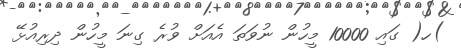
)ހ( ގައި 10000 މީހުން ނުވަތަ އެއަށް ވުރެ ގިނަ މީހުން ދިރިއުޅޭ